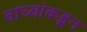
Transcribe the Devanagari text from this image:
वाघ्यांकडून